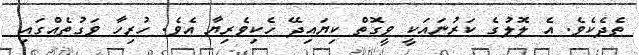
ތެދެކެވެ. އެ ލޮލުގެ ކަރުނައަކީ ވީގޮތް ކިޔައިދޭ ހެކިވެރިޔާ އެވެ. ހުރިހާ ވަގުތެއްގައި